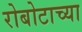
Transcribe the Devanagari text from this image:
रोबोटाच्या